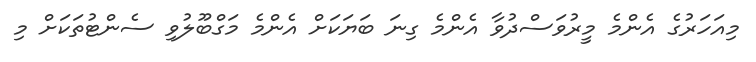
މިއަހަރުގެ އެންމެ މީރުވަސްދުވާ އެންމެ ގިނަ ބަޔަކަށް އެންމެ މަގްބޫލުވި ސެންޓުތަކަށް މި